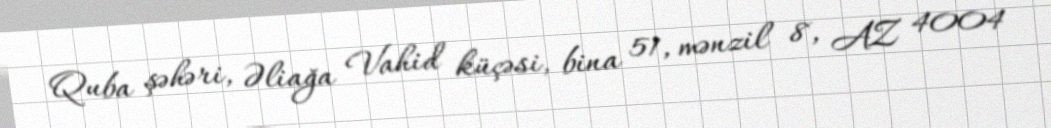
Quba şəhəri, Əliağa Vahid küçəsi, bina 51, mənzil 8, AZ 4004